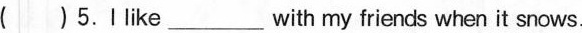
()5. like___with my friends when it snows.